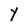
Character: Y